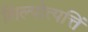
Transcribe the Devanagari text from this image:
शिल्पोत्पत्तिं